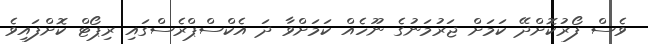
ވެސް ފޯރުކޮށްދޭ ކަމަށް ޖަރުމަނުގެ ނޫހެއް ކަމަށްވާ ދަ އެކްސްޕްރެސްގައި ރިޕޯޓް ކޮށްފައިވެ